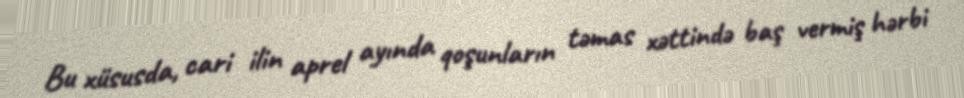
Bu xüsusda, cari ilin aprel ayında qoşunların təmas xəttində baş vermiş hərbi